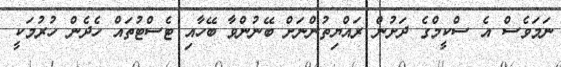
ނަމަވެސް އެ ސްކީމްގެ ދަށުން ރައްޔިތުންނަށް ބޭނުންވާ ބޭހާއި ޓެސްޓުތައް ހެދެން ހުރުމަކީ